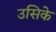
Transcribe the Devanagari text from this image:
उसिके